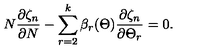
N \frac { \partial \zeta _ { n } } { \partial N } - \sum _ { r = 2 } ^ { k } \beta _ { r } ( \Theta ) \frac { \partial \zeta _ { n } } { \partial \Theta _ { r } } = 0 .